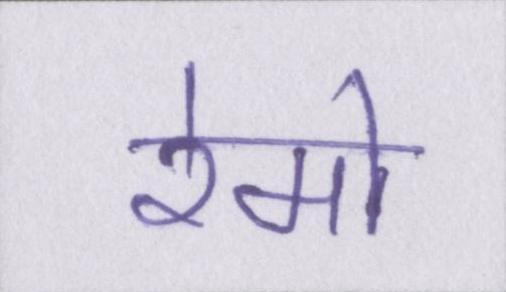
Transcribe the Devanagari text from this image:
रेमो